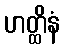
ဟတ္ထိနံ